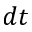
d t